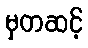
မှတဆင့်